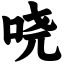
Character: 哓